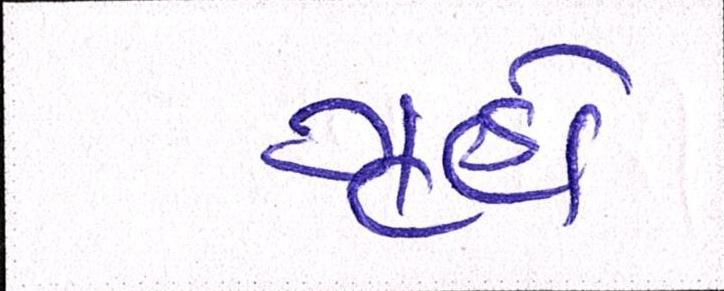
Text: ગૃહો